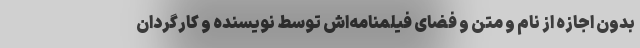
بدون اجازه از نام و متن و فضای فیلمنامه‌اش توسط نویسنده و کارگردان